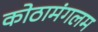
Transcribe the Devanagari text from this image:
कोठामंगलम